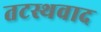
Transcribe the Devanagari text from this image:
तटस्थवाद